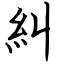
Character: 糾